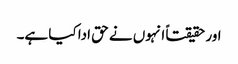
اور حقیقتاً انہوں نے حق ادا کیا ہے۔